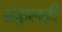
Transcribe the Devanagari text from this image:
संकुलही